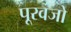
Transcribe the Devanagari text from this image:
पूरवजो